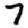
Digit: 7